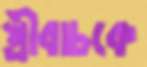
স্ত্রীবাচকে